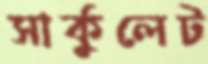
সার্কুলেট